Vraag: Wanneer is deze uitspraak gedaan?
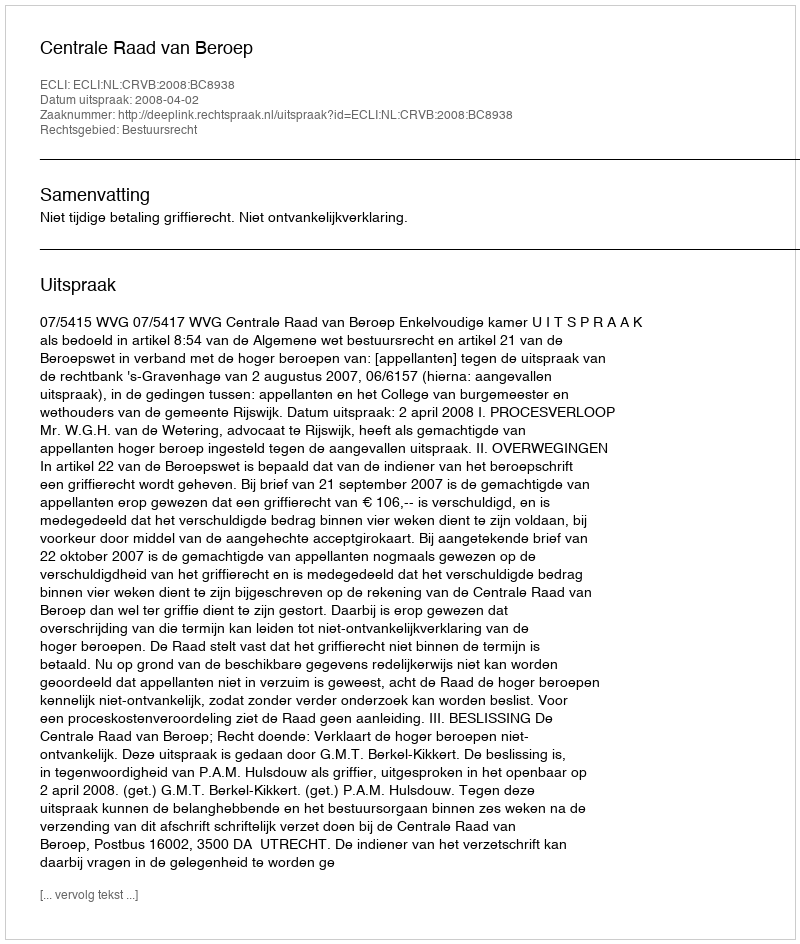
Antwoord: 2008-04-02